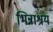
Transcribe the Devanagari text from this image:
भिन्नाश्रय